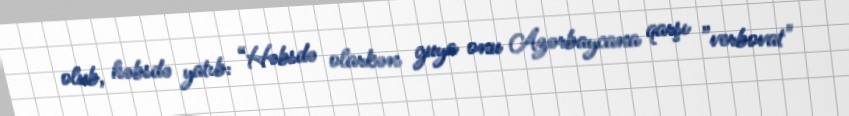
olub, həbsdə yatıb: “Həbsdə olarkən guya onu Azərbaycana qarşı ”verbovat"